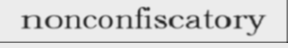
nonconfiscatory